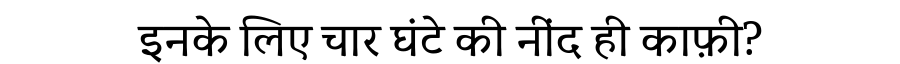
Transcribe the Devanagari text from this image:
इनके लिए चार घंटे की नींद ही काफ़ी?